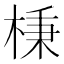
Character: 棅